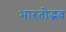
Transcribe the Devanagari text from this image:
भारतोद्भव